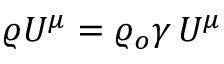
\varrho U ^ { \mu } = \varrho _ { o } \gamma \, U ^ { \mu }